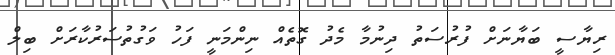
ރިޔާސީ ބަޔާނަށް ފުރުސަތު ދިނުމާ މެދު ގޮތެއް ނިންމަނީ ފަހު ވަގުތުސަރުކާރަށް ބިލް